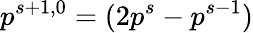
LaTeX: p^{s+1,0}=(2p^{s}-p^{s-1})